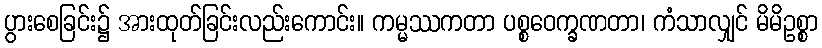
ပွားစေခြင်း၌ အားထုတ်ခြင်းလည်းကောင်း။ ကမ္မဿကတာ ပစ္စဝေက္ခဏတာ၊ ကံသာလျှင် မိမိဥစ္စာ